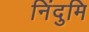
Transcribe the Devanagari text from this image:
निंदुमि